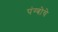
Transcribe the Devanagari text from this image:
पंग्बोचे